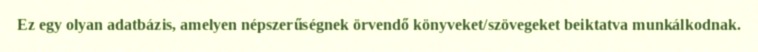
Ez egy olyan adatbázis, amelyen népszerűségnek örvendő könyveket/szövegeket beiktatva munkálkodnak.